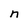
Character: n